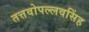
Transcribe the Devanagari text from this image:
तत्तवोपल्लवसिंह